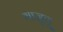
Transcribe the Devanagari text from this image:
गाज़ुलू